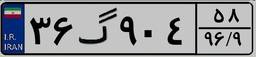
۳۶گ۹۰۴۵۸